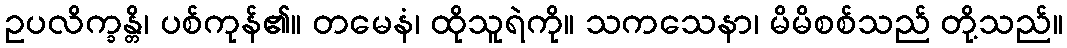
ဥပလိက္ခန္တိ၊ ပစ်ကုန်၏။ တမေနံ၊ ထိုသူရဲကို။ သကသေနာ၊ မိမိစစ်သည် တို့သည်။